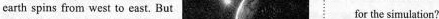
earth spins from west to east. But for the simuation?